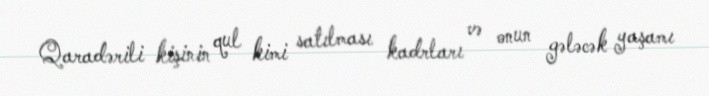
Qaradərili kişinin qul kimi satılması kadrları və onun gələcək yaşamı